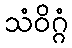
သံဝိဂ္ဂံ